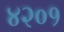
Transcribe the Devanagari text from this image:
४२०१